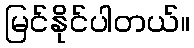
မြင်နိုင်ပါတယ်။